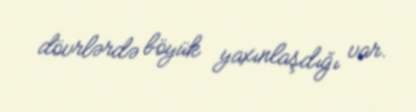
dövrlərdə böyük yaxınlaşdığı var.